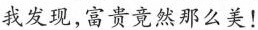
我发现,富贵竞然那么美!